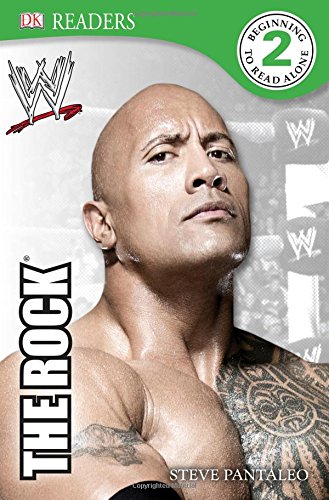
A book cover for DK Reader Level 2:  WWE The Rock (DK Readers: Level 2); Steve Pantaleo; Children's Books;